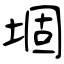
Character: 堌